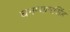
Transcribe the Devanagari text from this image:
घनष्यामसिंह